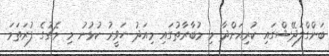
ބަންގްލަދޭޝްގައި ކުރިއަށްދާ މި މުބާރާތުގައި މިއަދު ހަވީރު ކުޅުނު މި މެޗުގެ ފުރަތަމަ